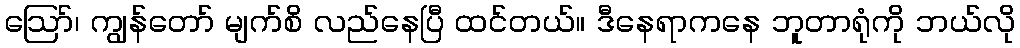
ဪ၊ ကျွန်တော် မျက်စိ လည်နေပြီ ထင်တယ်။ ဒီနေရာကနေ ဘူတာရုံကို ဘယ်လို